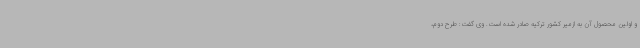
و اولین محصول آن به ازمیر کشور ترکیه صادر شده است. وی گفت: طرح دوم،